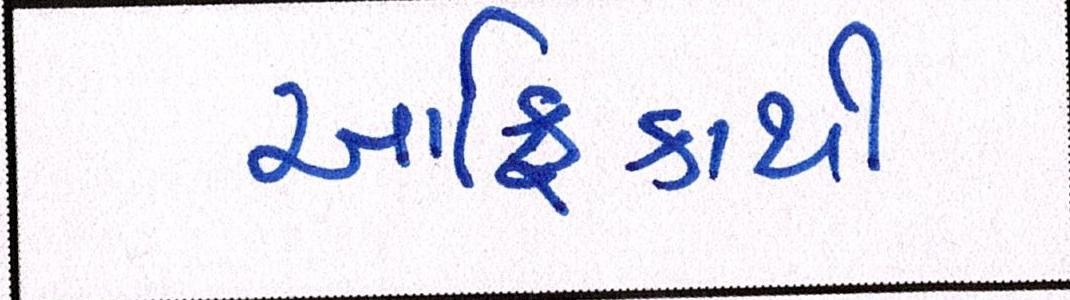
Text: આફ્રિકાથી